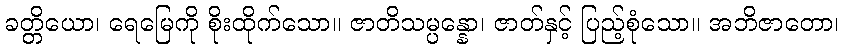
ခတ္တိယော၊ ရေမြေကို စိုးထိုက်သော။ ဇာတိသမ္ပန္နော၊ ဇာတ်နှင့် ပြည့်စုံသော။ အဘိဇာတော၊